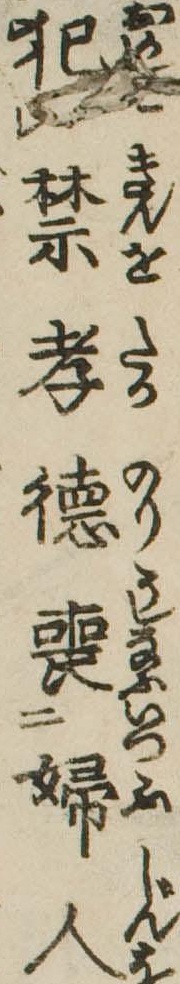
犯禁孝徳喪婦人